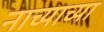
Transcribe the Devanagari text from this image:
नाच्याच्या